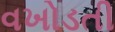
વખોડતી